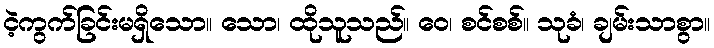
ငဲ့ကွက်ခြင်းမရှိသော။ သော၊ ထိုသူသည်။ ဝေ၊ စင်စစ်။ သုခံ၊ ချမ်းသာစွာ။